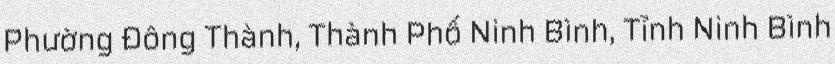
Phường Đông Thành, Thành Phố Ninh Bình, Tỉnh Ninh Bình